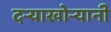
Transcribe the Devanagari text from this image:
दऱ्याखोऱ्यानी